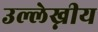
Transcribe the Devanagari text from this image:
उल्लेख्नीय